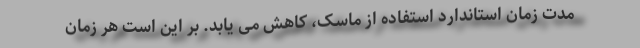
مدت زمان استاندارد استفاده از ماسک، کاهش می یابد. بر این است هر زمان